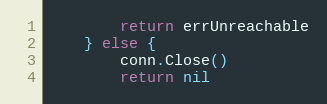
Language: Go
		return errUnreachable
	} else {
		conn.Close()
		return nil